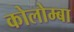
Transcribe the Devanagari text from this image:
कोलोम्बा